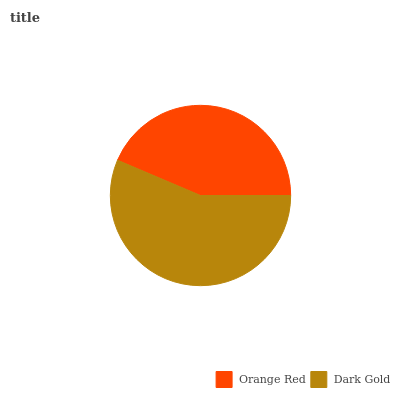
| Orange Red | Dark Gold |
 | --- | --- |
 | 43.6% | 56.4% |